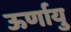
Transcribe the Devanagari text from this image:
ऊर्णायु